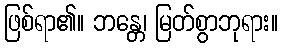
ဖြစ်ရာ၏။ ဘန္တေ၊ မြတ်စွာဘုရား။